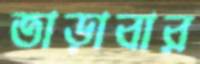
তাড়াবার